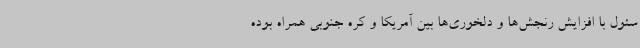
سئول با افزایش رنجش‌ها و دلخوری‌ها بین آمریکا و کره جنوبی همراه بوده